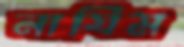
নাযিম